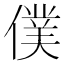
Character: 僕